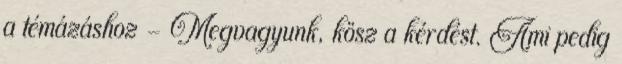
a témázáshoz - Megvagyunk, kösz a kérdést. Ami pedig